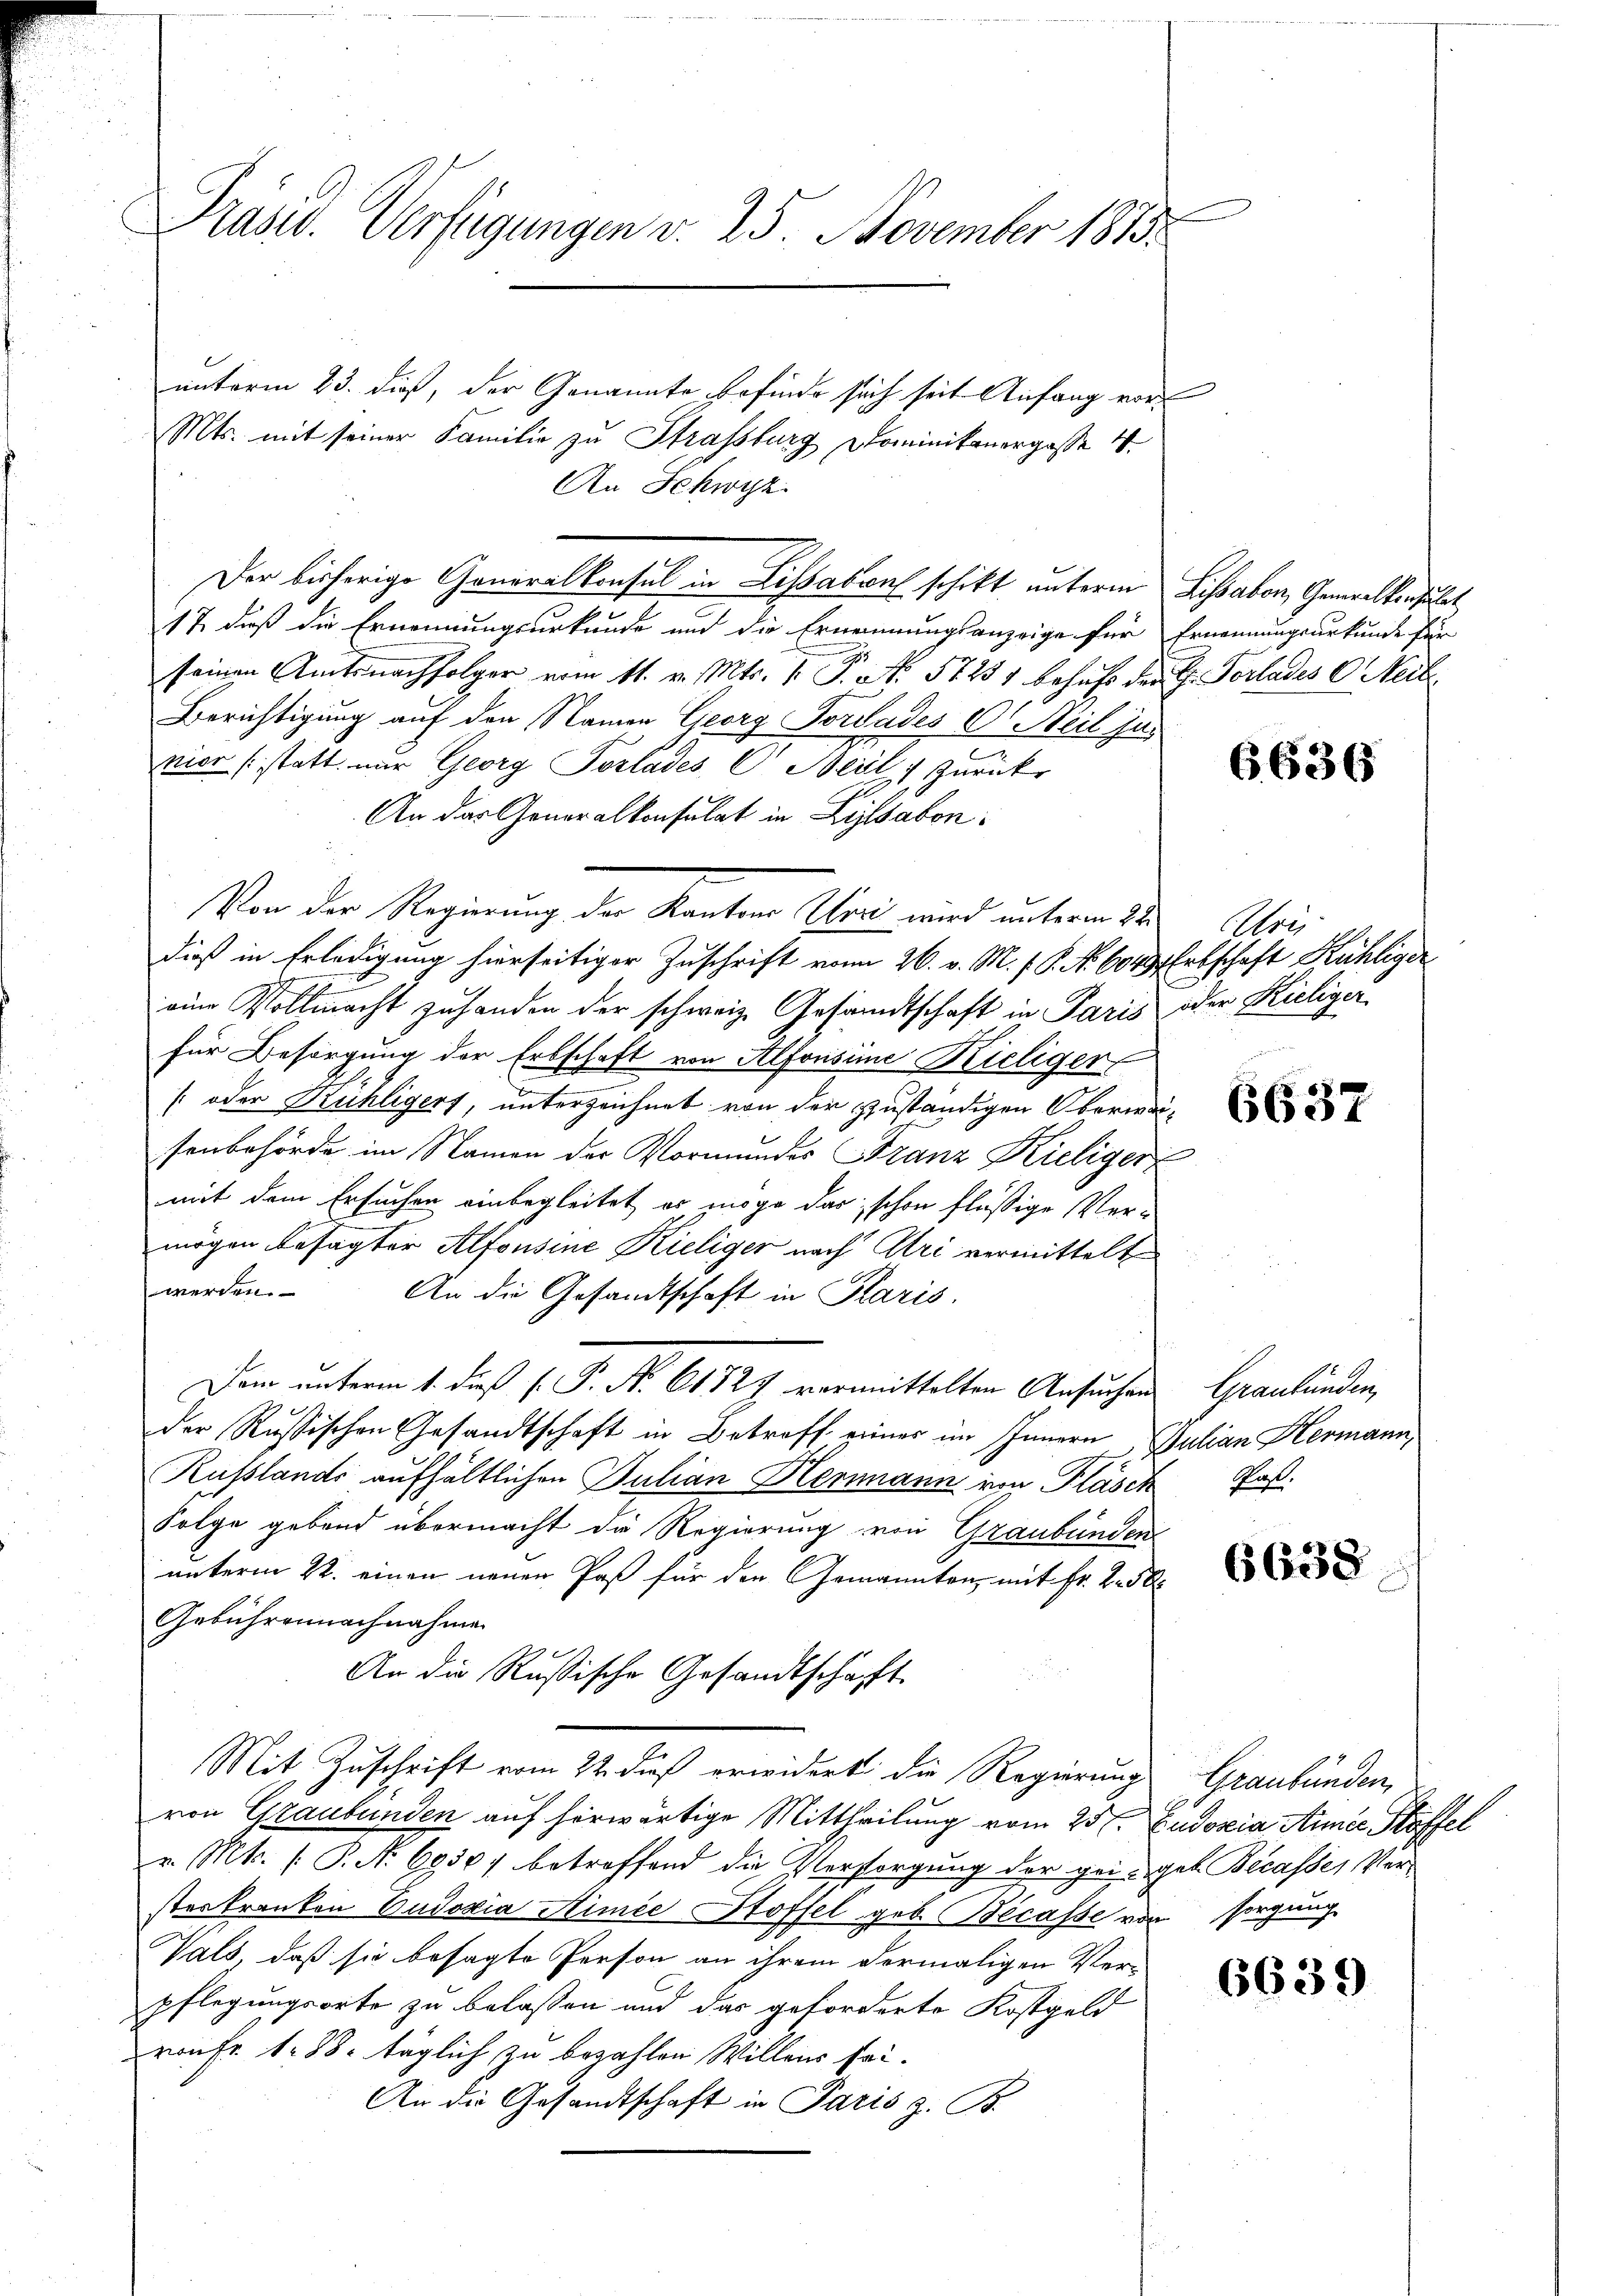
unterm 23. dieß, der Genannte befinde sich seit Anfang vor
Mts. mit seiner Familie zu Strassburg Nominikanergasse 4.
An Schwyz
17 daß die Ernennungsurkunde und die Ernennungsanzeige für Ernennungsurkunde für
seinen Amtsnachfolger vom 11. v. Mts. 1. P. N. 57254 behufs der E. Vorlades C. Neid,
Berichtigung auf den Namen Georg Porades C. Heil jur
nier (statt nur Georg Porlades C. Beil: Zurücke
An das Generalkonsulat in Lisabon
Von der Regierung der Kantons Cori wird unterm 22. Chris
dieß in Erledigung hierseitiger Zuschrift vom 26. v. M. v. P. No 6043 Erbschaft Kühliger
eine Vollmacht zu handen der schweiz. Gesandtschaft in Paris oder Kieliger
für Besorgung der Erbschaft von Alfonsine Kieliger
[ oder Kühligert, unterzeichnet von der zuständigen Oberwaisenbehörde im Namen der Vormundes Franz Kieliger
mit dem Ersuchen einbegleitet es möge das schon flüßige Vermögen besagter Alfonsine Kieliger nach Uri vermittelt
werden.
An die Gesandtschaft in Paris.
Dem unterm 1. dieß P. P. Nr. 64727 vermittelten Ansuchen Graubünden,
der Russischen Gesandtschaft in Betroff einer im Innern Julian Hermann,
Russlands aufhältlichen Julian Hermann von Fläsch Faß.
Folge gebend übermacht die Regierung von Graubünden
unterm 22. einen neuen Paß für den Genannten, mit Fr. 250
Gebührennachnahme
An die Rußische Gesandtschaft
Mit Zuschrift vom 22. dieß erwidert die Regierung Graubünden,
von Graubünden auf herwärtige Mittheilung vom 25 l. Eudoxia Annie Stoffel
v. Mt. /: P. N. 6850) betreffend die Versorgung der geiget Becasses Versterkranken Eudoxia Aimée Stoffel geb. Becasse von sorgung
Vals, daß sie besagte Person an ihrem dermaligen Verpflegungsorte zu belassen und das geforderte Kostgeld
von Fr. 188. täglich zu bezahlen Willens sei¬
An die Gesandtschaft in Paris z. B.

Präsid. Verfügungen v. 25. November 1813.

Der bisherige Generalkonsul in Lissabras schikt unterm Sissabon, Gemeistersuchet

6636

6637

6638